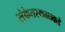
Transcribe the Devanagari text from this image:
संकेतस्थळाकडे